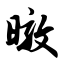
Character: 暾